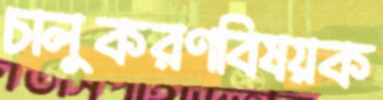
চালুকরণবিষয়ক